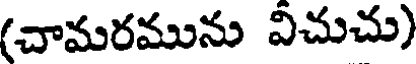
(చామరమును విచుచు)